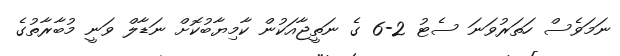
ނަމަވެސް ހަތަރުވަނަ ސެޓު 2-6 ގެ ނަތީޖާއަކުން ކާމިޔާބުކޮށް ނަޑާލް ވަނީ މުބާރާތުގެ